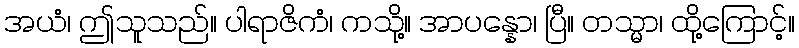
အယံ၊ ဤသူသည်။ ပါရာဇိကံ၊ ကသို့။ အာပန္နော၊ ပြီ။ တသ္မာ၊ ထို့ကြောင့်။